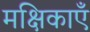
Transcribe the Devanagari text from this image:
मक्षिकाएँ